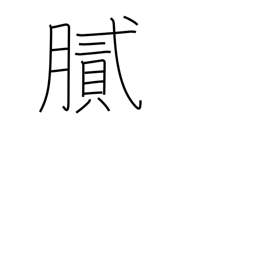
Meaning: oily